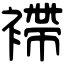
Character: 𧜵